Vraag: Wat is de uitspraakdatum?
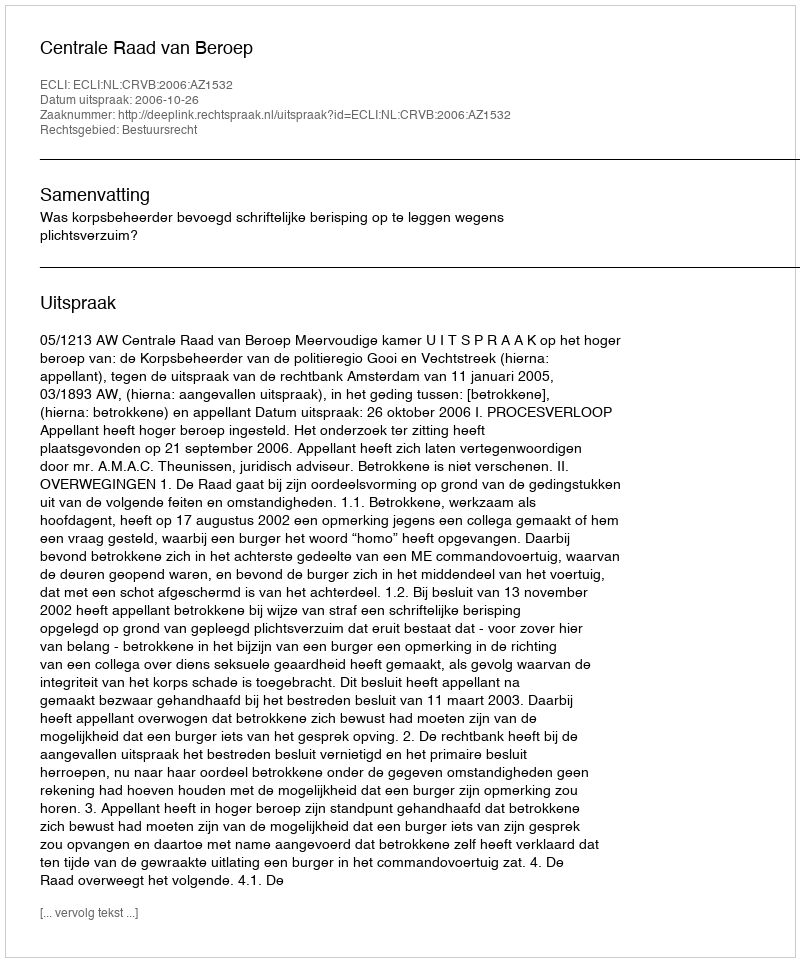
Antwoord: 2006-10-26